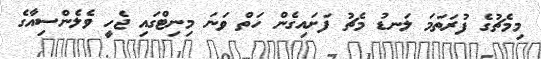
މިމެޗުގެ ފުރަތަމަ ލަނޑު މެޗު ފަށައިގެން ހަތް ވަނަ މިނިޓްގައި ޖެހީ ވެލެންސިއާގެ